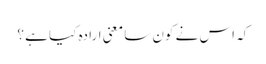
کہ اس نے کون سا معنی ارادہ کیا ہے ؟